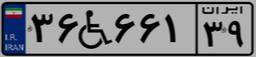
۳۶W۶۶۱۳۹